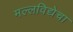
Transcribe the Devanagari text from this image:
मल्लविद्येचा